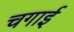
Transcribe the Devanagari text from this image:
चगाई